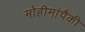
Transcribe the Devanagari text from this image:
मोहीमांपैकी